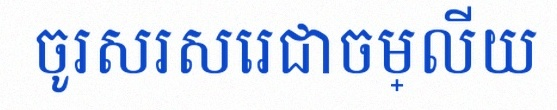
ចូរសរសេរជាចម្លើយ